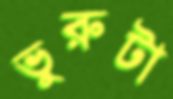
ভুরুটা